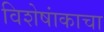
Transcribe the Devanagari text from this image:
विशेषांकाचा